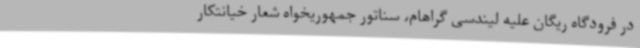
در فرودگاه ریگان علیه لیندسی گراهام، سناتور جمهوریخواه شعار خیانتکار‌